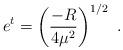
LaTeX: \begin{align*}e^t=\left(\frac{-R}{4\mu^2}\right)^{1/2}~.\end{align*}